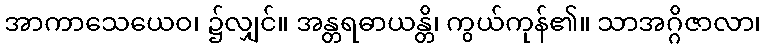
အာကာသေယေဝ၊ ၌လျှင်။ အန္တရဓာယန္တိ၊ ကွယ်ကုန်၏။ သာအဂ္ဂိဇာလာ၊